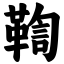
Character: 鞫